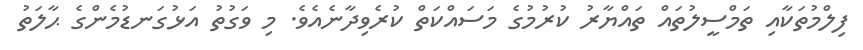
ފިލްމުތަކާއި ތަމްސީލުތައް ތައްޔާރު ކުރުމުގެ މަސައްކަތް ކުރެވިދާނެއެވެ. މި ވަގުތު އަޅުގަނޑުމެންގެ ޙާލަތު